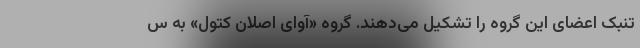
تنبک اعضای این گروه را تشکیل می‌دهند. گروه «آوای اصلان کتول» به س